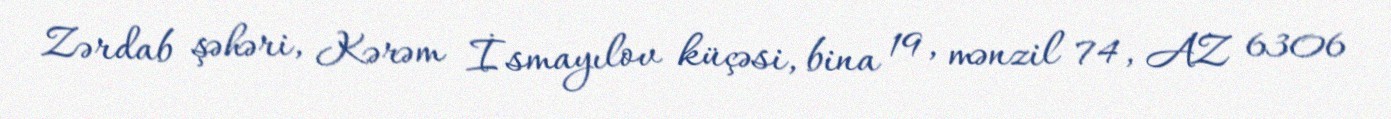
Zərdab şəhəri, Kərəm İsmayılov küçəsi, bina 19, mənzil 74, AZ 6306